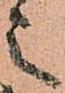
之